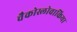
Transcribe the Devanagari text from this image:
चैकोस्लोवाकिया